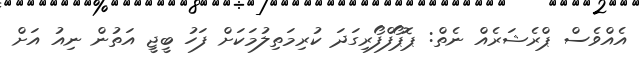
އެއްވެސް ޕްރެޝަރެއް ނެތް: ޕޮޕޯފްފޯރިގަދަ ކުރިމަތިލުމަކަށް ފަހު ބީޖީ އަތުން ނިއު އަށް